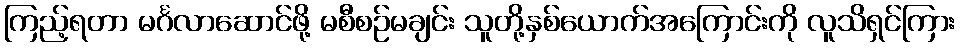
ကြည့်ရတာ မင်္ဂလာဆောင်ဖို့ မစီစဉ်မချင်း သူတို့နှစ်ယောက်အကြောင်းကို လူသိရှင်ကြား